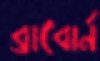
ব্রাবোর্ন